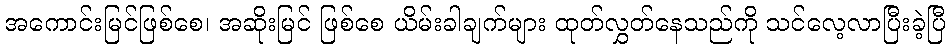
အကောင်းမြင်ဖြစ်စေ၊ အဆိုးမြင် ဖြစ်စေ ယိမ်းခါချက်များ ထုတ်လွှတ်နေသည်ကို သင်လေ့လာပြီးခဲ့ပြီ